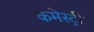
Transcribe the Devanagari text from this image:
कमेस्ट्री